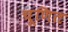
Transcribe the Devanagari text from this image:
चूणित